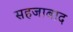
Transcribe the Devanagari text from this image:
सहजाबाद